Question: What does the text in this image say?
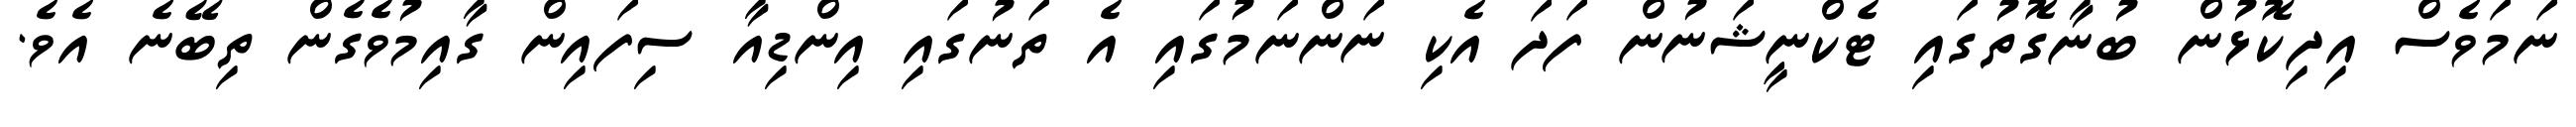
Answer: ނަމަވެސް އިދިކޮޅުން ބުނާގޮތުގައި ޓެކްނީޝަނުން ފަދަ އެކި ނަންނަމުގައި އެ ތަނުގައި އިންޑިއާ ސިފައިން ގާއިމުވެގެން ތިބޭނެ އެވެ.